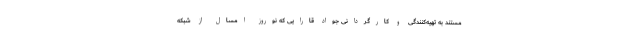
مستند به تهیه‌کنندگی و کارگردانی جواد قارایی که نوروز امسال از شبکه